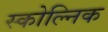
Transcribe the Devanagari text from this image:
स्कोल्निक